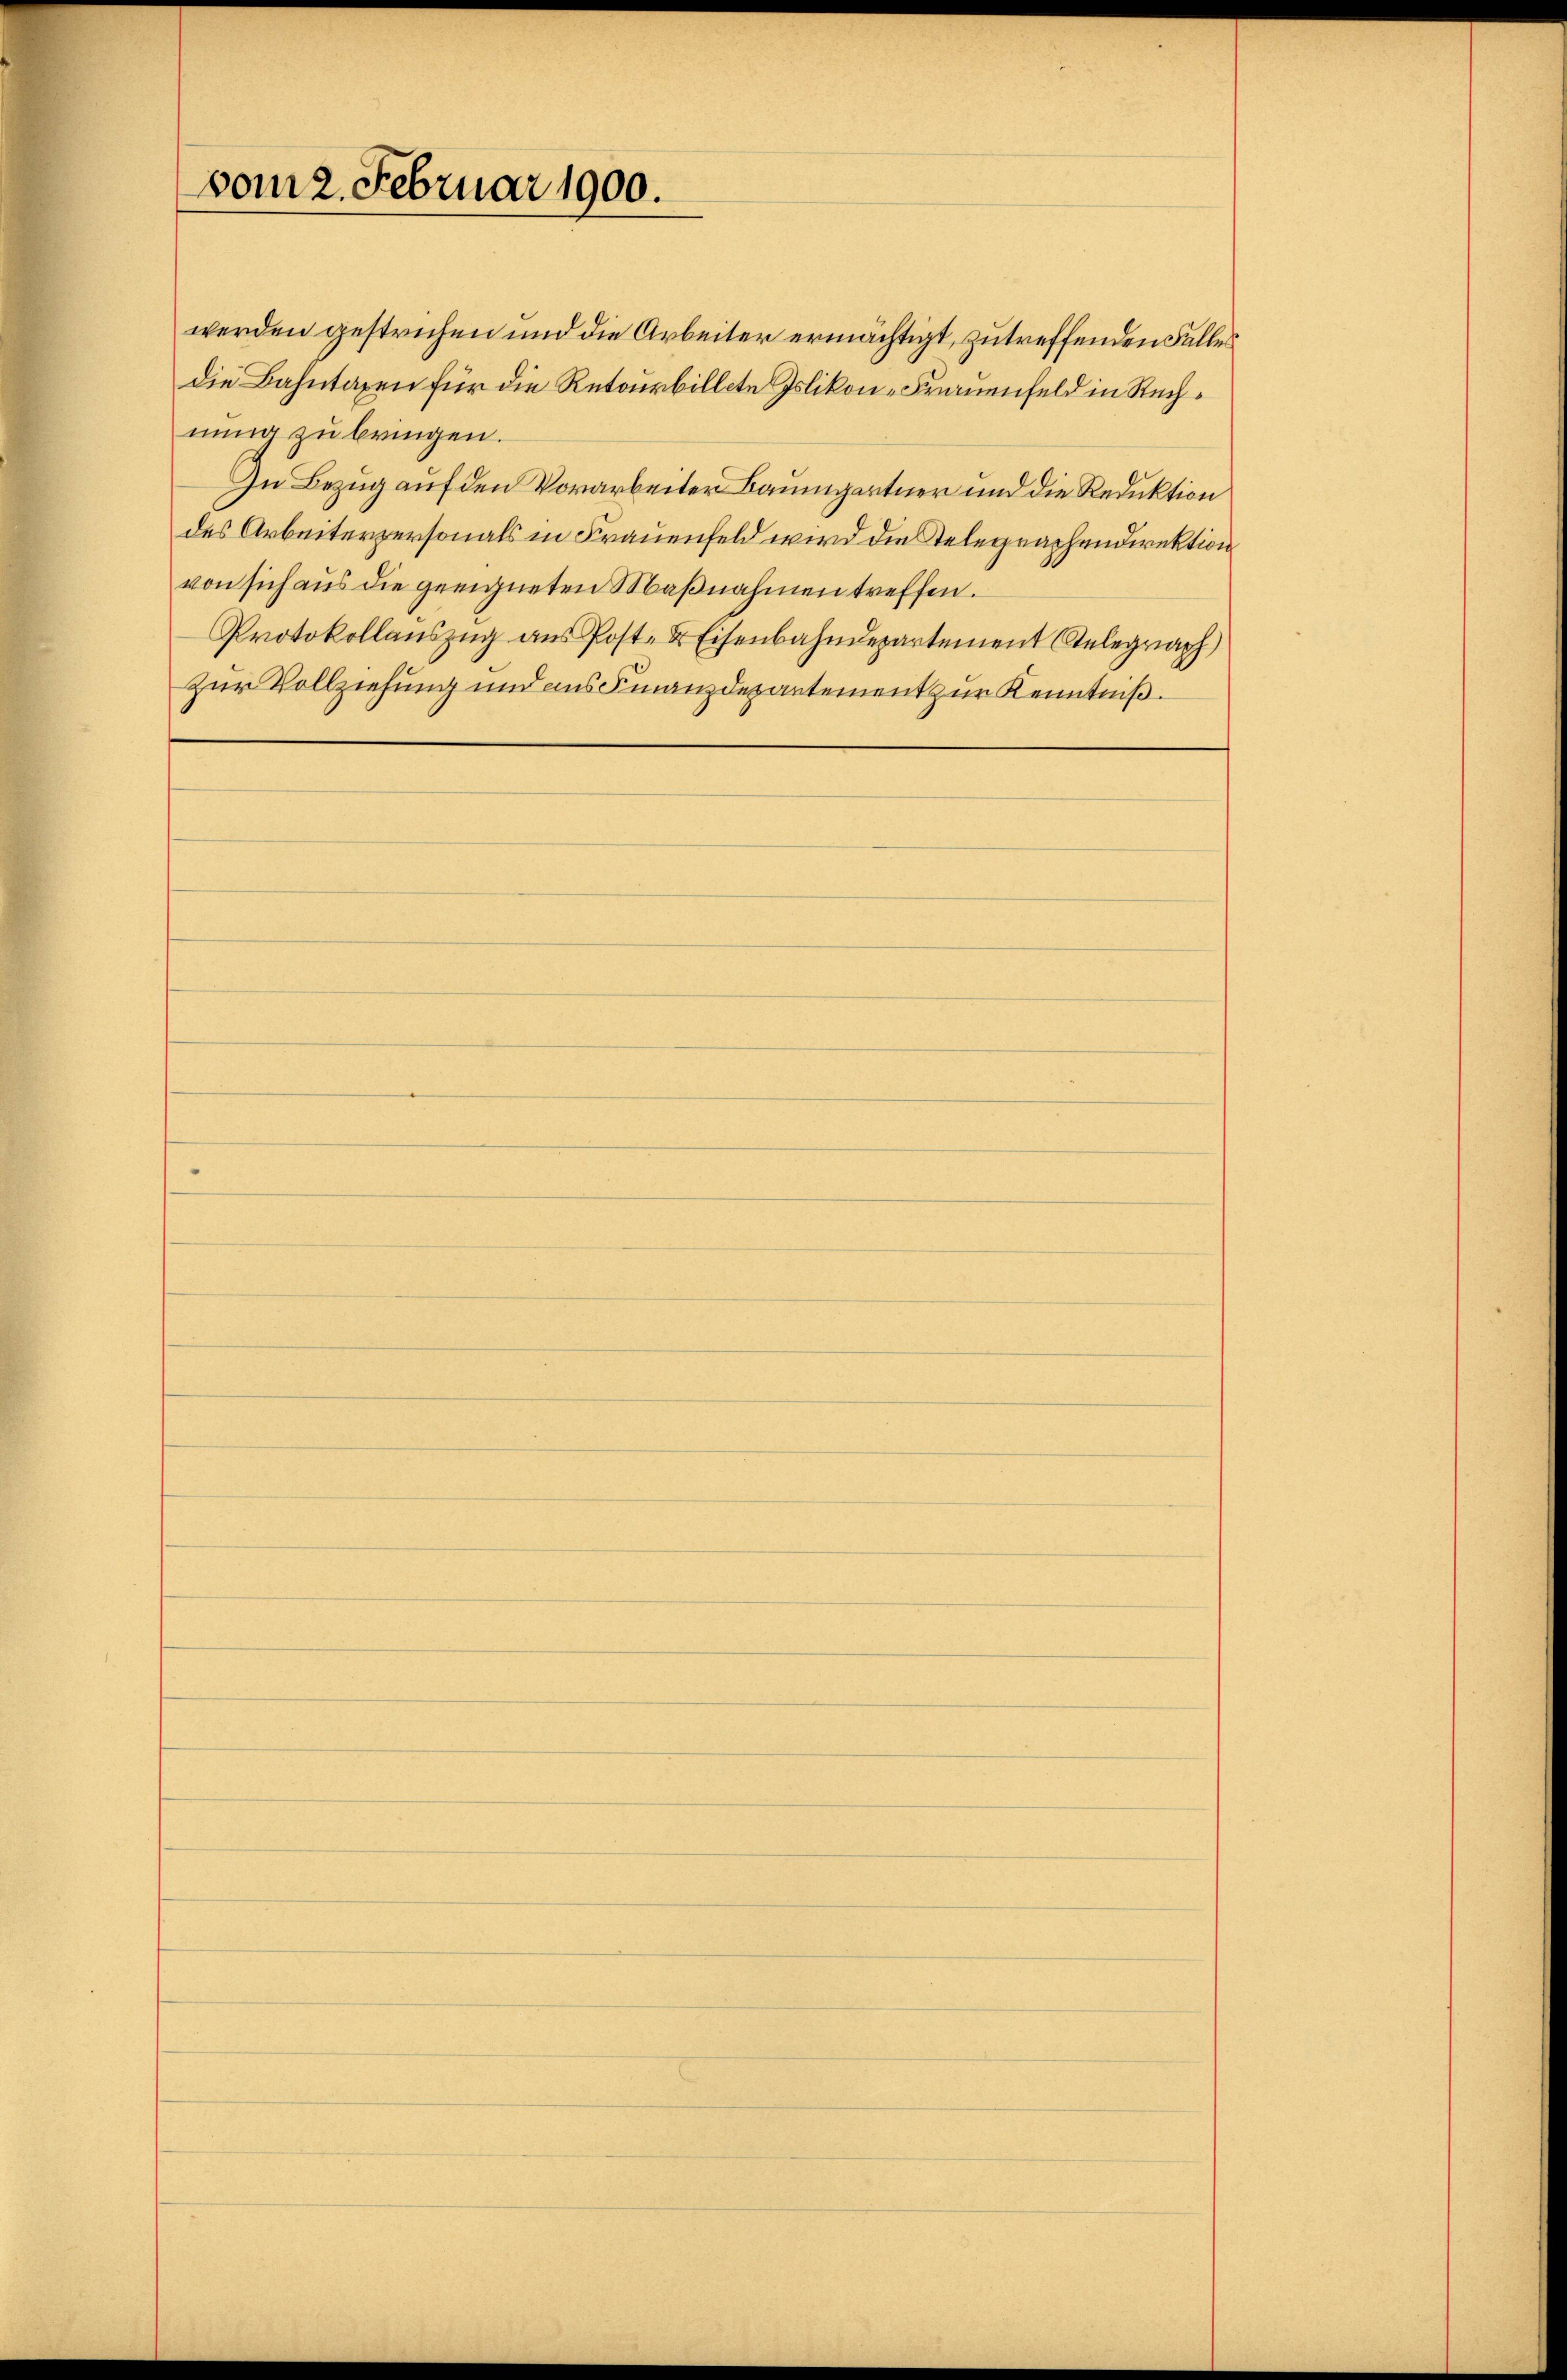
vom 2. Februar 1900.

werden gestrichen und die Arbeiter ermächtigt, zu treffenden Falles
die Bahntaxen für die Retourbillete Islikon - Frauenfeld in Rechnung zu bringen.
In Bezug auf den Vorarbeiter Baumgartner und die Reduktion
des Arbeiterpersonals in Frauenfeld wird die Telegrachendirektion
von sich aus die geeigneten Maβnahmen treffen.
Protokollauszug aus Post- & Eisenbahndepartement telegraph
zur Vollziehung und aus Finanzdepartement zur Kenntniß.